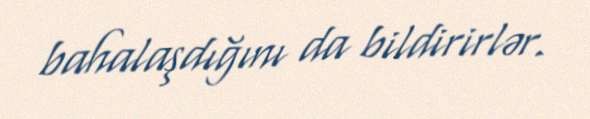
bahalaşdığını da bildirirlər.